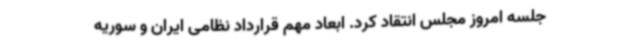
جلسه امروز مجلس انتقاد کرد. ابعاد مهم قرارداد نظامی ایران و سوریه